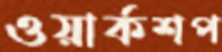
ওয়ার্কশপ